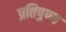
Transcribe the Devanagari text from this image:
प्रतिपुण्य